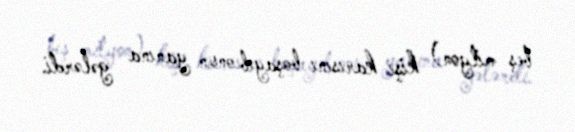
beş milyon) kişi karısını boşayıb onun yanına gələrdi.